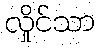
လှိုင်သာ